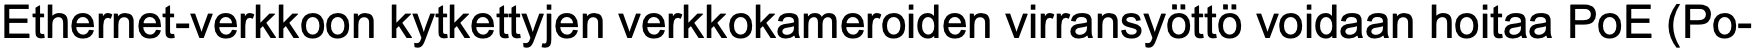
Ethernet-verkkoon kytkettyjen verkkokameroiden virransyöttö voidaan hoitaa PoE (Po-